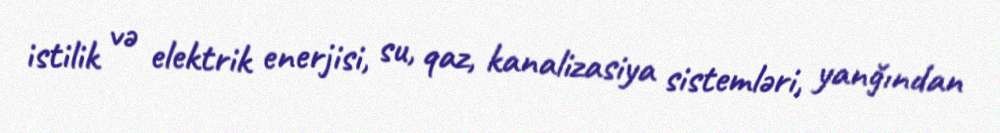
istilik və elektrik enerjisi, su, qaz, kanalizasiya sistemləri, yanğından